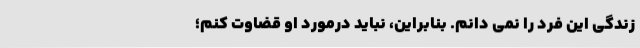
زندگی این فرد را نمی­ دانم. بنابراین، نباید درمورد او قضاوت کنم؛